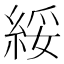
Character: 綏